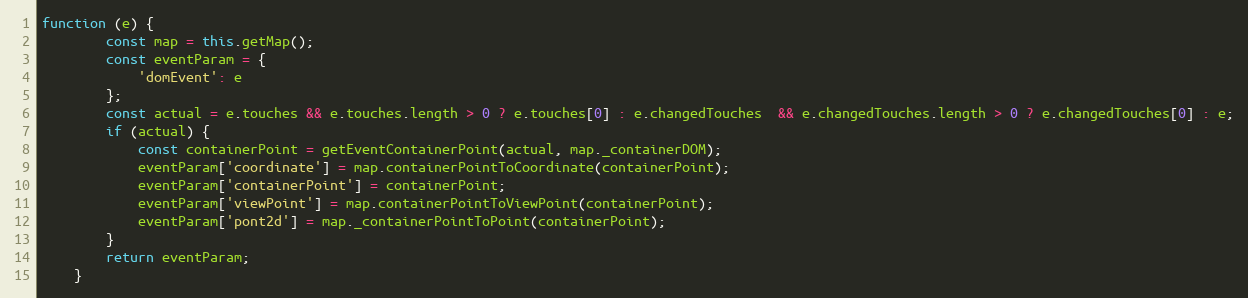
Language: JavaScript
function (e) {
        const map = this.getMap();
        const eventParam = {
            'domEvent': e
        };
        const actual = e.touches && e.touches.length > 0 ? e.touches[0] : e.changedTouches  && e.changedTouches.length > 0 ? e.changedTouches[0] : e;
        if (actual) {
            const containerPoint = getEventContainerPoint(actual, map._containerDOM);
            eventParam['coordinate'] = map.containerPointToCoordinate(containerPoint);
            eventParam['containerPoint'] = containerPoint;
            eventParam['viewPoint'] = map.containerPointToViewPoint(containerPoint);
            eventParam['pont2d'] = map._containerPointToPoint(containerPoint);
        }
        return eventParam;
    }